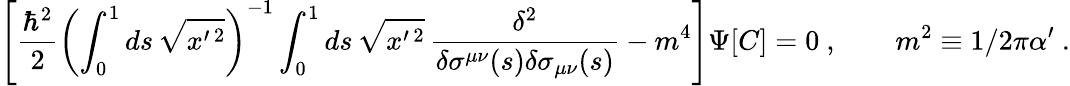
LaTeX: \left[{\frac{\hbar^{2}}{2}}\left(\int_{0}^{1}ds\, \sqrt{x^{\prime\, 2}}\right)^{-1}\int_{0}^{1}ds\, \sqrt{x^{\prime\, 2}}\, {\frac{\delta^{2}}{\delta\sigma^{\mu\nu}(s)\delta\sigma_{\mu\nu}(s)}}-m^{4}\right]\Psi[C]=0\ ,\qquad m^{2}\equiv 1/2\pi\alpha^{\prime}\ .